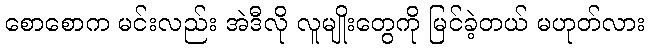
စောစောက မင်းလည်း အဲဒီလို လူမျိုးတွေကို မြင်ခဲ့တယ် မဟုတ်လား